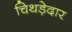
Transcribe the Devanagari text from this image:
चिथड़ेदार